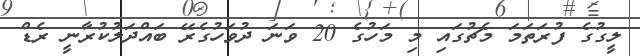
ލީގުގެ ފުރަތަމަ މެޗުގައި މި މަހުގެ 20 ވަނަ ދުވަހުގެރޭ ބައްދަލުކުރާނީ ރެޑް